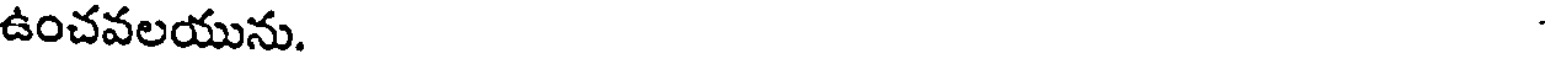
ఉంచవలయును.